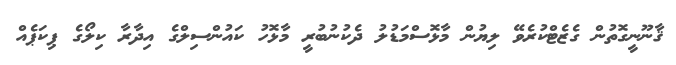
ޤާނޫނީގޮތުން ގެޒެޓްކުރެވޭ ލިޔުން މާޅޮސްމަޑުލު ދެކުނުބުރީ މާޅޮހު ކައުންސިލްގެ އިދާރާ ކިލޯގެ ޕިކަޕެއް